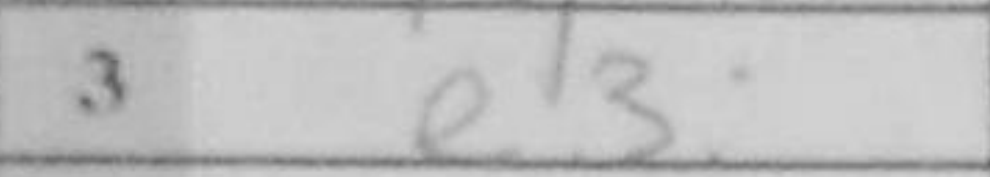
Transcription: e3